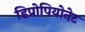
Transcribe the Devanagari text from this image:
डिप्रोपियोनेट